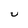
Character: u